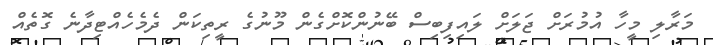
މަރާލި މީހާ އުމުރަށް ޖަލަށް ލައިފިބިސް ބޭނުންކޮށްގެން މޫނުގެ ރީތިކަން ދެމެހެއްޓިދާނެ ގޮތެއް